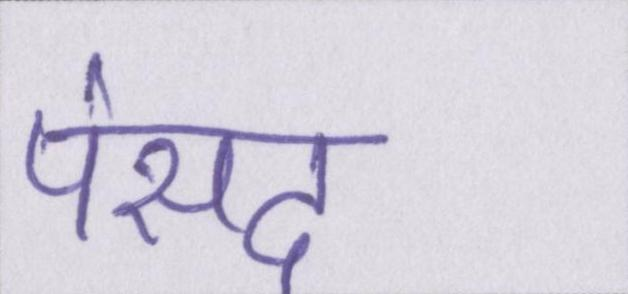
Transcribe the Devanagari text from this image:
पंसद